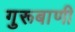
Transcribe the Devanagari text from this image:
गुरूबाणी